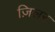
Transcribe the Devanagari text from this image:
ज़िलर